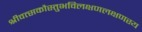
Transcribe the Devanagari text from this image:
श्रीवत्सकौस्तुभविलक्षणलक्षणस्य